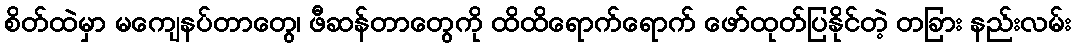
စိတ်ထဲမှာ မကျေနပ်တာတွေ၊ ဖီဆန်တာတွေကို ထိထိရောက်ရောက် ဖော်ထုတ်ပြနိုင်တဲ့ တခြား နည်းလမ်း